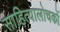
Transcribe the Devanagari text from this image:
साहित्यालोचकों